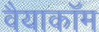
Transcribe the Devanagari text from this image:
वैयाकॉम